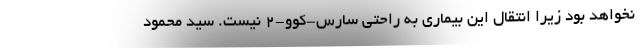
نخواهد بود زیرا انتقال این بیماری به راحتی سارس-کوو-۲ نیست. سید محمود